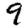
Digit: 9